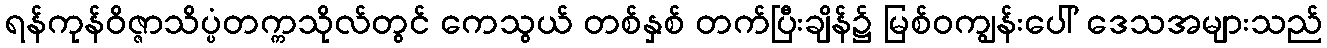
ရန်ကုန်ဝိဇ္ဇာသိပ္ပံတက္ကသိုလ်တွင် ကေသွယ် တစ်နှစ် တက်ပြီးချိန်၌ မြစ်ဝကျွန်းပေါ် ဒေသအများသည်